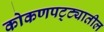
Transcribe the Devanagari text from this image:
कोकणपट्ट्यातील